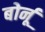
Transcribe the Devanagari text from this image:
बोर्नू